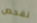
نفحص